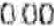
0.00